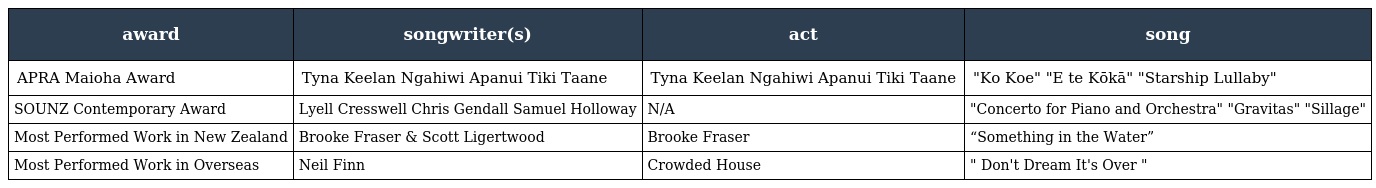
| award | songwriter(s) | act | song |
 | --- | --- | --- | --- |
 | APRA Maioha Award | Tyna Keelan Ngahiwi Apanui Tiki Taane | Tyna Keelan Ngahiwi Apanui Tiki Taane | "Ko Koe" "E te Kōkā" "Starship Lullaby" |
 | SOUNZ Contemporary Award | Lyell Cresswell Chris Gendall Samuel Holloway | N/A | "Concerto for Piano and Orchestra" "Gravitas" "Sillage" |
 | Most Performed Work in New Zealand | Brooke Fraser & Scott Ligertwood | Brooke Fraser | “Something in the Water” |
 | Most Performed Work in Overseas | Neil Finn | Crowded House | " Don't Dream It's Over " |